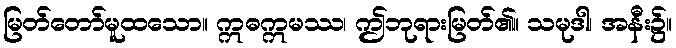
မြတ်တော်မူထသော။ ဣဓဣမဿ၊ ဤဘုရားမြတ်၏။ သမုဒါ၊ အနီး၌။